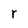
Character: r